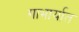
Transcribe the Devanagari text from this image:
गाभार्यात